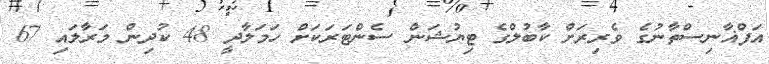
އަފްޣާނިސްތާނުގެ ވެރިރަށް ކާބުލްގެ ޓިޔުޝަން ސެންޓަރަކަށް ހަމަލާދީ 48 ކުދިން މަރާލައި 67